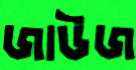
জাউজ